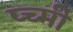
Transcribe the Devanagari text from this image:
प्च्मी